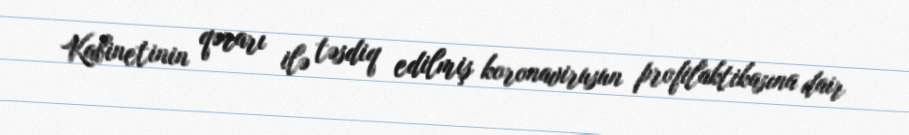
Kabinetinin qərarı ilə təsdiq edilmiş koronavirusun profilaktikasına dair